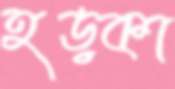
হড়কা